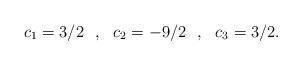
LaTeX: \begin{align*}c_1=3/2\:\:\:,\:\:\:c_2=-9/2\:\:\:,\:\:\:c_3=3/2.\end{align*}